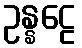
ဥန္နဠေ